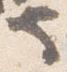
也